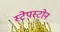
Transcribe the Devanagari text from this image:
स्टेपस्टोन